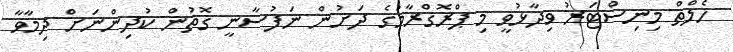
ހެލްތް މިނިސްޓަރު ވިދާޅުވީ މި ޕްރޮގްރާމުގެ ދަށުން ނަފުސާނީ ގޮތުން ކުދިންނަށް ދިމާވާ